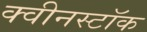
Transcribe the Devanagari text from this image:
क्वीनस्टॉक